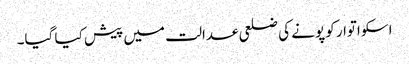
اسکو اتوار کو پونے کی ضلعی عدالت میں پیش کیا گیا۔